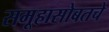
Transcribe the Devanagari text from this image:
समूहासोबतचे